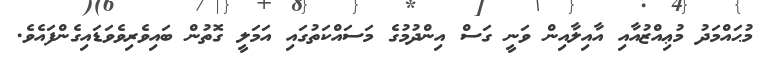
މުޙައްމަދު މުޢިއްޒުއާއި އާއިލާއިން ވަނީ ގަސް އިންދުމުގެ މަސައްކަތުގައި އަމަލީ ގޮތުން ބައިވެރިވެވަޑައިގެންފައެވެ.